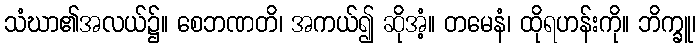
သံဃာ၏အလယ်၌။ စေဘဏတိ၊ အကယ်၍ ဆိုအံ့။ တမေနံ၊ ထိုရဟန်းကို။ ဘိက္ခူ၊